Indian journal of veterinary science and animal husbandry - Volume 12,
Year: 1942
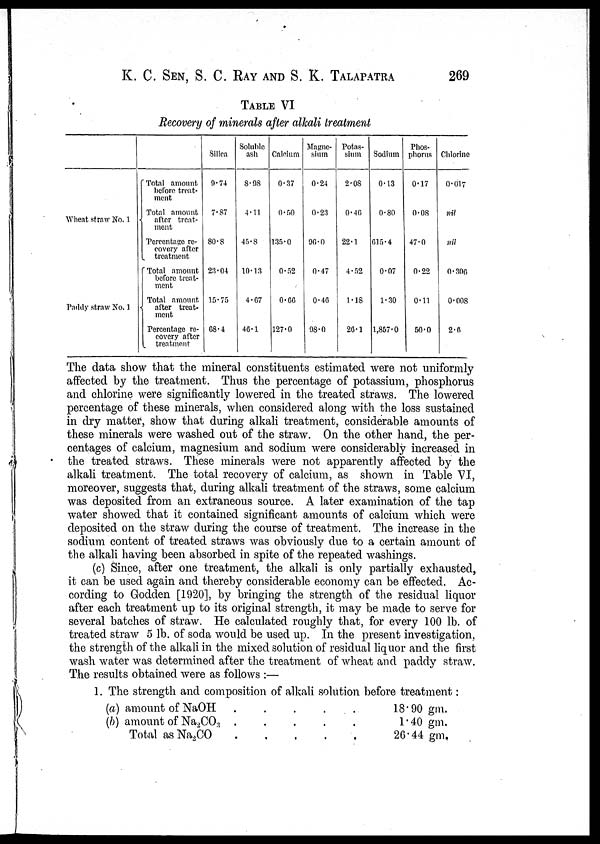
K. C. SEN, S. C. RAY AND S. K. TALAPATRA 269
TABLE VI
Recovery of minerals after alkali treatment
Wheat straw No. 1
Paddy straw No. 1
Total amount
before treat-
ment
Total amount
after treat-
ment
Percentage re-
covery after
treatment
Total amount
before treat-
ment
Total amount
after treat-
ment
Percentage re-
covery after
treatment
Silica
9.74
7.87
80.8
23.04
15.75
68.4
Soluble
ash
8.98
4.11
45.8
10.13
4.67
46.1
Calcium
0.37
0.50
135.0
0.52
0.66
127.0
Magne-
sium
0.24
0.23
96.0
0.47
0.46
98.0
Potas-
sium
2.08
0.46
22.1
4.52
1.18
26.1
Sodium
0.13
0.80
615.4
0.07
1.30
1,857.0
Phos-
phorus
0.17
0.08
47.0
0.22
0.11
50.0
Chlorine
0.017
nil
ml
0.306
0.008
2.6
The data show that the mineral constituents estimated were not uniformly
affected by the treatment. Thus the percentage of potassium, phosphorus
and chlorine were significantly lowered in the treated straws. The lowered
percentage of these minerals, when considered along with the loss sustained
in dry matter, show that during alkali treatment, considerable amounts of
these minerals were washed out of the straw. On the other hand, the per-
centages of calcium, magnesium and sodium were considerably increased in
the treated straws. These minerals were not apparently affected by the
alkali treatment. The total recovery of calcium, as shown in Table VI,
moreover, suggests that, during alkali treatment of the straws, some calcium
was deposited from an extraneous source. A later examination of the tap
water showed that it contained significant amounts of calcium which were
deposited on the straw during the course of treatment. The increase in the
sodium content of treated straws was obviously due to a certain amount of
the alkali having been absorbed in spite of the repeated washings.
(c) Since, after one treatment, the alkali is only partially exhausted,
it can be used again and thereby considerable economy can be effected. Ac-
cording to Godden [1920], by bringing the strength of the residual liquor
after each treatment up to its original strength, it may be made to serve for
several batches of straw. He calculated roughly that, for every 100 lb. of
treated straw 5 lb. of soda would be used up. In the present investigation,
the strength of the alkali in the mixed solution of residual liquor and the first
wash water was determined after the treatment of wheat and paddy straw.
The results obtained were as follows :—
1. The strength and composition of alkali solution before treatment :
(a) amount of NaOH
.
.
.
.
.
(b) amount of Na 2 CO 3
.
.
.
.
.
Total as Na 2 CO
.
.
.
.
.
18.90 gm.
1.40 gm.
26.44 gm.